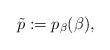
LaTeX: \begin{align*}\tilde p:=p_\beta(\beta),\end{align*}